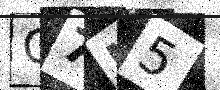
Text: Q7I5